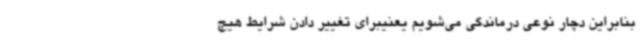
بنابراین دچار نوعی درماندگی می‌شویم یعنیبرای تغییر دادن شرایط هیچ